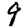
Digit: 9